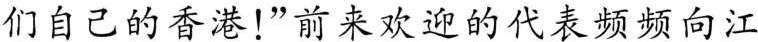
们自己的香港！”前来欢迎的代表频频向江